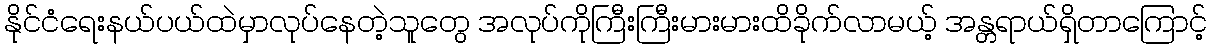
နိုင်ငံရေးနယ်ပယ်ထဲမှာလုပ်နေတဲ့သူတွေ အလုပ်ကိုကြီးကြီးမားမားထိခိုက်လာမယ့် အန္တရာယ်ရှိတာကြောင့်